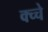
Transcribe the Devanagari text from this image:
क्च्चे